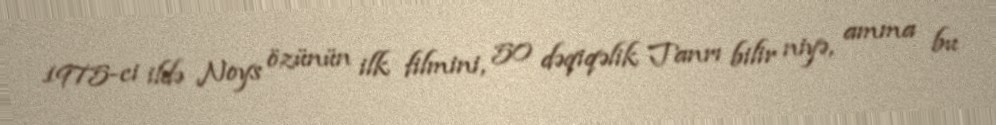
1975-ci ildə Noys özünün ilk filmini, 50 dəqiqəlik Tanrı bilir niyə, amma bu